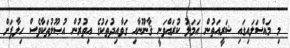
މި މައްސަލައިގައި ޝަރީއަތުން އަމަލު ކުރައްވަނީ ޤާނޫނާއި ގަވާއިދުތަކުގެ އިތުރުން އުޞޫލުތަކާވެސް ހިލާފަށް